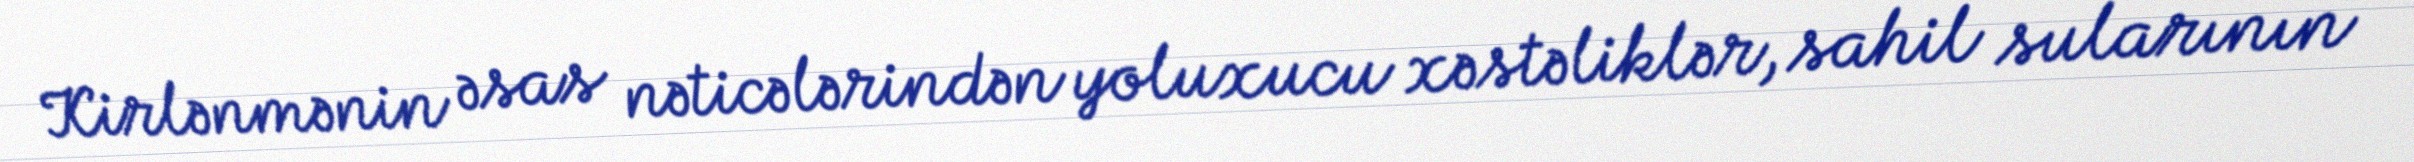
Kirlənmənin əsas nəticələrindən yoluxucu xəstəliklər, sahil sularının